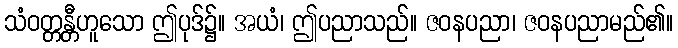
သံဝတ္တန္တီဟူသော ဤပုဒ်၌။ အယံ၊ ဤပညာသည်။ ဇဝနပညာ၊ ဇဝနပညာမည်၏။